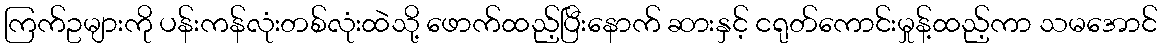
ကြက်ဥများကို ပန်းကန်လုံးတစ်လုံးထဲသို့ ဖောက်ထည့်ပြီးနောက် ဆားနှင့် ငရုတ်ကောင်းမှုန့်ထည့်ကာ သမအောင်